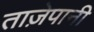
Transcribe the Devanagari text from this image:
ताज़ेपानी